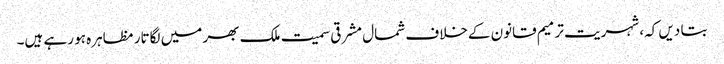
بتا دیں کہ، شہریت ترمیم قانون کےخلاف شمال مشرقی سمیت ملک بھر میں لگاتار مظاہرہ ہو رہے ہیں۔